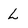
Character: L